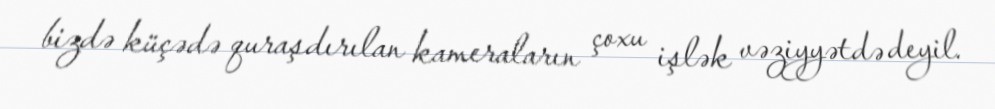
bizdə küçədə quraşdırılan kameraların çoxu işlək vəziyyətdə deyil.